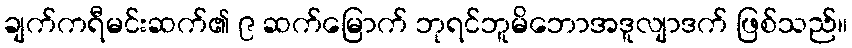
ချက်ကရီမင်းဆက်၏ ၉ ဆက်မြောက် ဘုရင်ဘူမိဘောအဒူလျာဒက် ဖြစ်သည်။